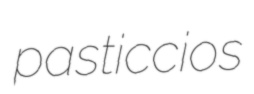
pasticcios